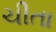
ચીતા